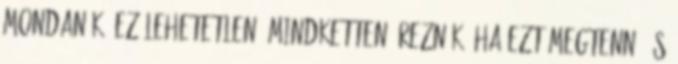
mondanák: ez lehetetlen. Mindketten éreznék, ha ezt megtenné és